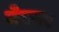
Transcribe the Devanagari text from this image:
मेरवर